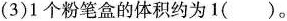
（3）1个粉笔盒的体积约为1（）。